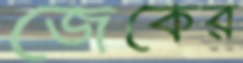
জেকের